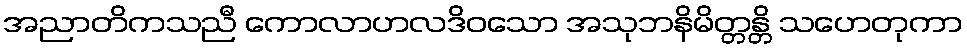
အညာတိကသညီ ကောလာဟလဒိဝသော အသုဘနိမိတ္တန္တိ သဟေတုကာ